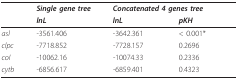
|  | Single gene tree | <COLSPAN=2> Concatenated 4 genes tree |
 |  | lnL | lnL | pKH |
 | --- | --- | --- | --- |
 | asl | -3561.406 | -3642.361 | < 0.001* |
 | clpc | -7718.852 | -7728.157 | 0.2696 |
 | coI | -10062.16 | -10074.33 | 0.2336 |
 | cytb | -6856.617 | -6859.401 | 0.4323 |